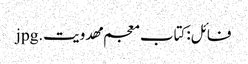
فائل:کتاب معجم مهدویت.jpg